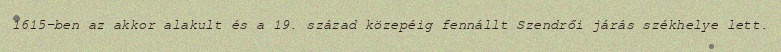
1615-ben az akkor alakult és a 19. század közepéig fennállt Szendrői járás székhelye lett.